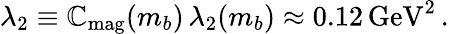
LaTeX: \lambda_{2}\equiv\mathbb{C}_{\mathrm{{mag}}}(m_{b})\, \lambda_{2}(m_{b})\approx0.12\, \mathrm{{GeV}}^{2}\, .